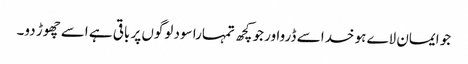
جو ایمان لاے ہو خدا سے ڈرواور جو کچھ تمہارا سود لوگوں پر باقی ہے اسے چھوڑ دو۔